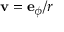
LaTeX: \mathbf { v } = \mathbf { e } _ { \phi } / r